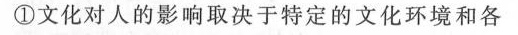
①文化对人的影响取决于特定的文化环境和各